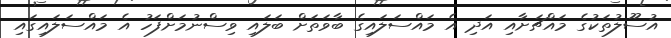
އުސޫލުތަކުގެ މައްޗަށާއި އަދި އެ މައްސަލައިގެ ބާވަތަށް ބަލައި ވިސްނުމަށްފަހު އެ މައްސަލައިގައި